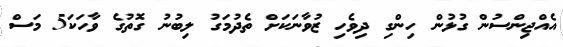
އެއްޖިންސުން ގުޅުން ހިންގި ދިވެހި ޒުވާނަކަށް ތެދުމަގު ލިބުނު ގޮތުގެ ވާހަކަ5 މަސް